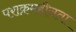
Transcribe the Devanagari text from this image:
पराक्रमहीनता